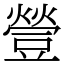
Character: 䝁